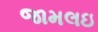
જામલઇ